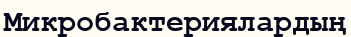
Микробактериялардың